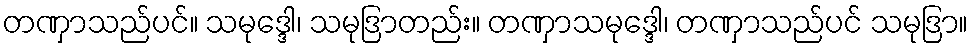
တဏှာသည်ပင်။ သမုဒ္ဒေါ၊ သမုဒြာတည်း။ တဏှာသမုဒ္ဒေါ၊ တဏှာသည်ပင် သမုဒြာ။